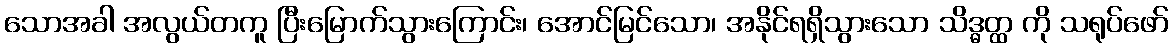
သောအခါ အလွယ်တကူ ပြီးမြောက်သွားကြောင်း၊ အောင်မြင်သော၊ အနိုင်ရရှိသွားသော သိဒ္ဓတ္ထ ကို သရုပ်ဖော်